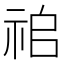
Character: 𥙢